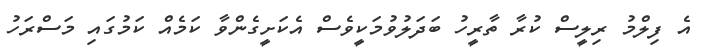
އެ ފިލްމު ރިލީސް ކުރާ ތާރީހު ބަދަލުވުމަކީވެސް އެކަށީގެންވާ ކަމެއް ކަމުގައި މަސްރަހު